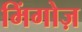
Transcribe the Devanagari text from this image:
मिंगोज़